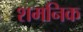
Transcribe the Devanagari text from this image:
शमनिक